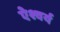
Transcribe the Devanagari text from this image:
ऐश्वर्य